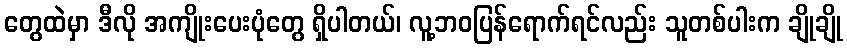
တွေထဲမှာ ဒီလို အကျိုးပေးပုံတွေ ရှိပါတယ်၊ လူ့ဘဝပြန်ရောက်ရင်လည်း သူတစ်ပါးက ချိုချို